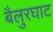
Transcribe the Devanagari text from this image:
बैलुरघाट